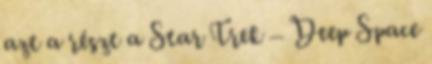
azt a részt a Star Trek – Deep Space